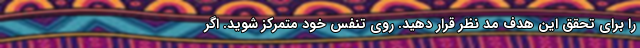
را برای تحقق این هدف مد نظر قرار دهید. روی تنفس خود متمرکز شوید. اگر